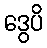
ဒွေပိ